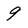
Character: 9